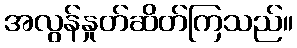
အလွန်နှုတ်ဆိတ်ကြသည်။